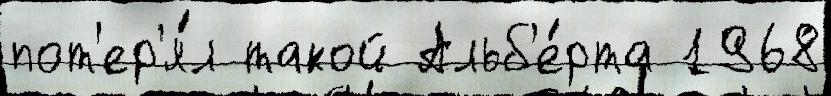
пот'ер'я́л такой Альб'е́рта 1968